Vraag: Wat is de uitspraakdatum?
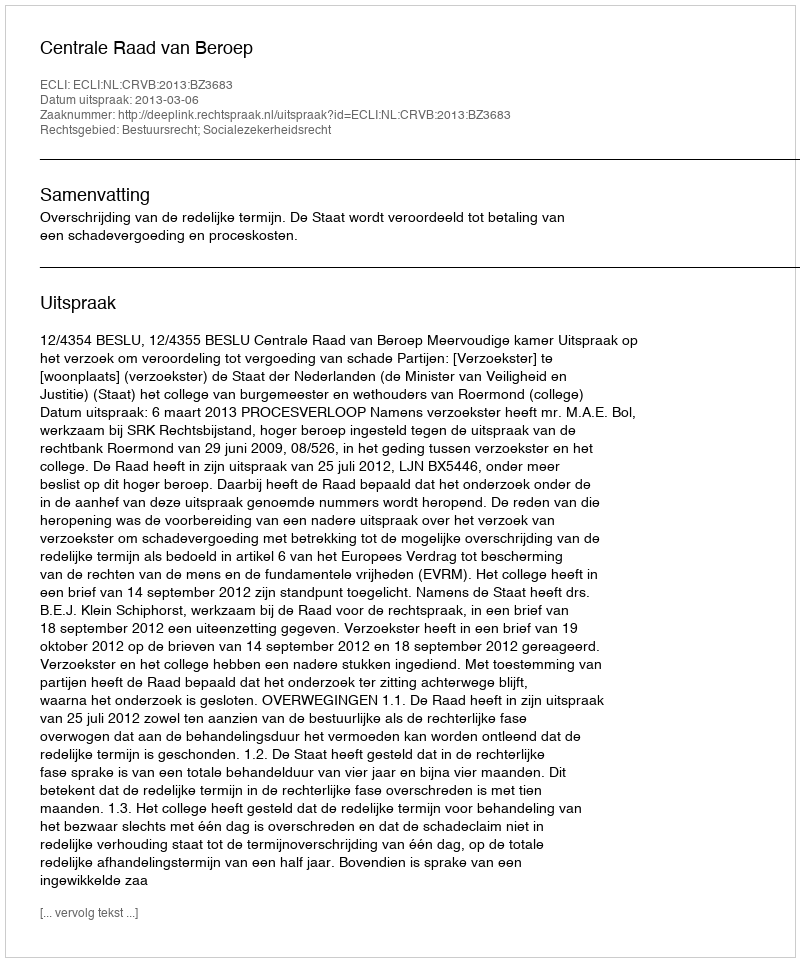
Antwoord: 2013-03-06